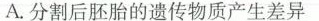
A.分割后胚胎的遗传物质产生差异